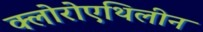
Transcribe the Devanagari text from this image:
क्लोरोएथिलीन